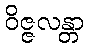
ဝိဇ္ဇလန္တာ